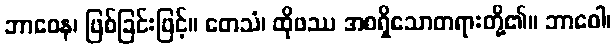
ဘာဝေန၊ ဖြစ်ခြင်းဖြင့်။ တေသံ၊ ထိုဖဿ အစရှိသောတရားတို့၏။ ဘာဝေါ၊